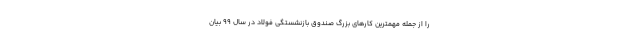
را از جمله مهمترین کارهای بزرگ صندوق بازنشستگی فولاد در سال 99 بیان